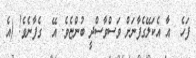
ފަހެ  އާ އެކަލޭގެފާނަށް ވަސްވާސްދީ ބުންޏެވެ. އޭ  ގެފާނެވެ! (އެ